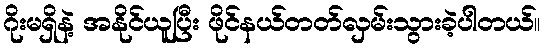
ဂိုးမရှိနဲ့ အနိုင်ယူပြီး ဖိုင်နယ်တတ်လှမ်းသွားခဲ့ပါတယ်။